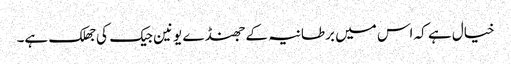
خیال ہے کہ اس میں برطانیہ کے جھنڈے یونین جیک کی جھلک ہے۔